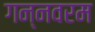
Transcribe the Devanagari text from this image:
गन्‍नवरम